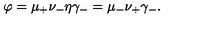
\varphi = \mu _ { + } \nu _ { - } \eta \gamma _ { - } = \mu _ { - } \nu _ { + } \gamma _ { - } .